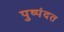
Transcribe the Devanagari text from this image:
पुष्पंदत